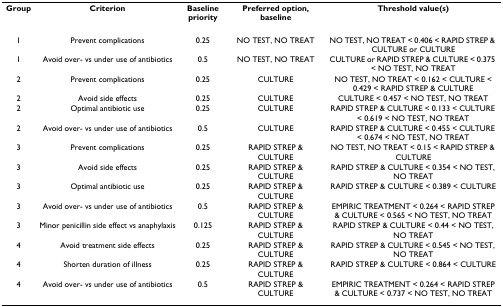
| Group | Criterion | Baseline priority | Preferred option, baseline | Threshold value(s) |
 | --- | --- | --- | --- | --- |
 | 1 | Prevent complications | 0.25 | NO TEST, NO TREAT | NO TEST, NO TREAT < 0.406 < RAPID STREP & CULTURE or CULTURE |
 | 1 | Avoid over- vs under use of antibiotics | 0.5 | NO TEST, NO TREAT | CULTURE or RAPID STREP & CULTURE < 0.375 < NO TEST, NO TREAT |
 | 2 | Prevent complications | 0.25 | CULTURE | NO TEST, NO TREAT < 0.162 < CULTURE < 0.429 < RAPID STREP & CULTURE |
 | 2 | Avoid side effects | 0.25 | CULTURE | CULTURE < 0.457 < NO TEST, NO TREAT |
 | 2 | Optimal antibiotic use | 0.25 | CULTURE | RAPID STREP & CULTURE < 0.133 < CULTURE < 0.619 < NO TEST, NO TREAT |
 | 2 | Avoid over- vs under use of antibiotics | 0.5 | CULTURE | RAPID STREP & CULTURE < 0.455 < CULTURE < 0.674 < NO TEST, NO TREAT |
 | 3 | Prevent complications | 0.25 | RAPID STREP & CULTURE | NO TEST, NO TREAT < 0.15 < RAPID STREP & CULTURE |
 | 3 | Avoid side effects | 0.25 | RAPID STREP & CULTURE | RAPID STREP & CULTURE < 0.354 < NO TEST, NO TREAT |
 | 3 | Optimal antibiotic use | 0.25 | RAPID STREP & CULTURE | RAPID STREP & CULTURE < 0.389 < CULTURE |
 | 3 | Avoid over- vs under use of antibiotics | 0.5 | RAPID STREP & CULTURE | EMPIRIC TREATMENT < 0.264 < RAPID STREP & CULTURE < 0.565 < NO TEST, NO TREAT |
 | 3 | Minor penicillin side effect vs anaphylaxis | 0.125 | RAPID STREP & CULTURE | RAPID STREP & CULTURE < 0.44 < NO TEST, NO TREAT |
 | 4 | Avoid treatment side effects | 0.25 | RAPID STREP & CULTURE | RAPID STREP & CULTURE < 0.545 < NO TEST, NO TREAT |
 | 4 | Shorten duration of illness | 0.25 | RAPID STREP & CULTURE | RAPID STREP & CULTURE < 0.864 < CULTURE |
 | 4 | Avoid over- vs under use of antibiotics | 0.5 | RAPID STREP & CULTURE | EMPIRIC TREATMENT < 0.264 < RAPID STREP & CULTURE < 0.737 < NO TEST, NO TREAT |